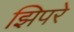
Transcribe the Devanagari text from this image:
झिपरे